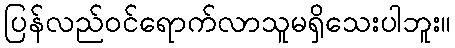
ပြန်လည်ဝင်ရောက်လာသူမရှိသေးပါဘူး။